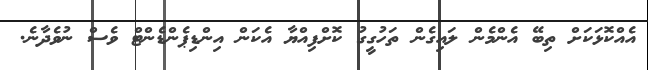
އެއްކޮޅަކަށް ތިބޭ އެންމެން ލައިގެން ތަހުގީގު ކޮށްފިއްޔާ އެކަން އިންޑިޕެންޑެންޓް ވެސް ނުވެދާނެ.